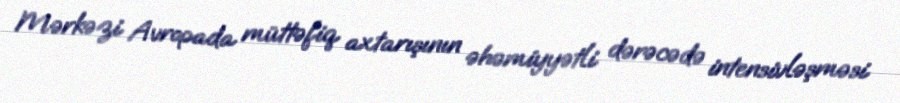
Mərkəzi Avropada müttəfiq axtarışının əhəmiyyətli dərəcədə intensivləşməsi